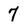
Character: 7